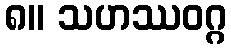
၈။ သဟဿဝဂ္ဂ